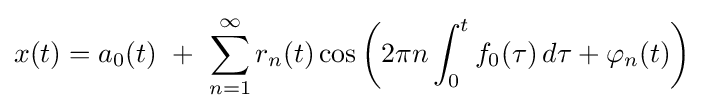
x(t)=a_{0}(t)\ +\ \sum _{n=1}^{\infty }r_{n}(t)\cos \left(2\pi n\int _{0}^{t}f_{0}(\tau )\,d\tau +\varphi _{n}(t)\right)